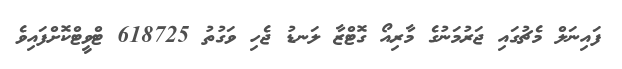
ފައިނަލް މެޗުގައި ޖަރުމަނުގެ މާރިއޯ ގޮޓްޒާ ލަނޑު ޖެހި ވަގުތު 618725 ޓްވީޓްކޮށްފައިވެ